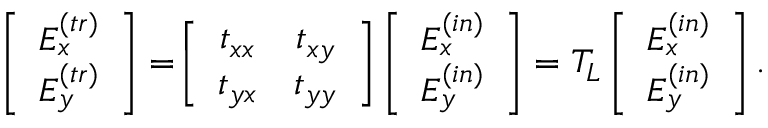
\begin{array} { r } { \left[ \begin{array} { c c } { E _ { x } ^ { ( t r ) } } \\ { E _ { y } ^ { ( t r ) } } \end{array} \right] = \! \left[ \begin{array} { c c } { t _ { x x } } & { t _ { x y } } \\ { t _ { y x } } & { t _ { y y } } \end{array} \right] \left[ \begin{array} { c c } { E _ { x } ^ { ( i n ) } } \\ { E _ { y } ^ { ( i n ) } } \end{array} \right] = T _ { L } \left[ \begin{array} { c c } { E _ { x } ^ { ( i n ) } } \\ { E _ { y } ^ { ( i n ) } } \end{array} \right] . } \end{array}